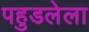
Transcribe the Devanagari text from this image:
पहुडलेला